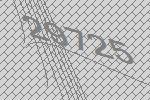
29725